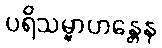
ပရိသမ္ဗာဟန္တေန